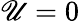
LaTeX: \mathscr{U}=0